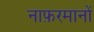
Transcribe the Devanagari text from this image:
नाफ़रमानों